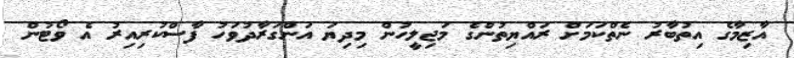
އާޒިމާގެ އިތުބާރު ނެތްކަމަށް ރައްޔިތުންގެ މަޖިލީހުން މިދިޔަ އަންގަރާދުވަހު ފާސްކުރިއިރު އެ ވޯޓުން